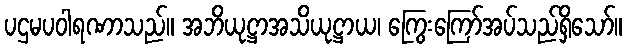
ပဌမပဝါရဏာသည်။ အဘိယုဋ္ဌာအသိယုဋ္ဌာယ၊ ကြွေးကြော်အပ်သည်ရှိသော်။